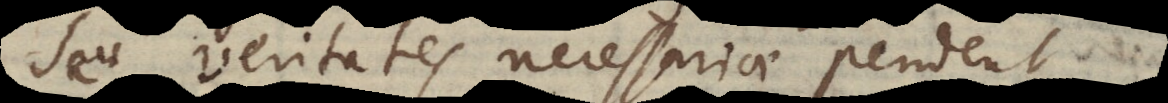
Seu veritates necessariae pendent